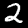
Label: 2